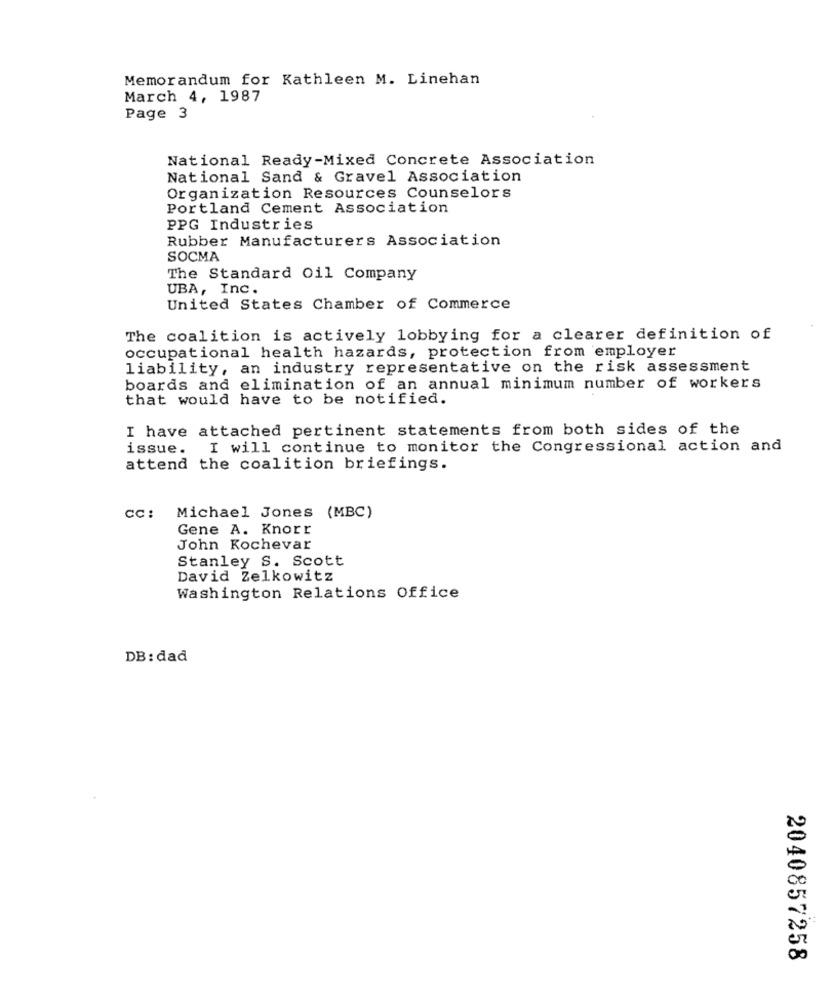
Memorandum for Kathleen M. Linehan
March 4, 1987
Page 3
National Ready-Mixed Concrete Association
National Sand & Gravel Association
Organization Resources Counselors
Portland Cement Association
PPG Industries
Rubber Manufacturers Association
SOCMA
The Standard Oil Company
UBA, Inc.
United States Chamber of Commerce
The coalition is actively lobbying for a clearer definition of
occupational health hazards, protection from employer
liability, an industry representative on the risk assessment
boards and elimination of an annual minimum number of workers
that would have to be notified.
I have attached pertinent statements from both sides of the
issue.
I will continue to monitor the Congressional action and
attend the coalition briefings.
cc: Michael Jones (MBC)
Gene A. Knorr
John Kochevar
Stanley S. Scott
David Zelkowitz
Washington Relations Office
DB: dad
2040857258